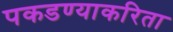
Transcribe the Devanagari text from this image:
पकडण्याकरिता